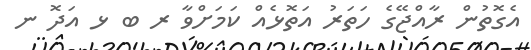
އެގޮތުން ރާއްޖޭގެ ހަތަރު އަތޮޅެއް ކަމަށްވާ ރ ބ ޅ އަދޮ ނ